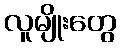
လူမျိုးတွေ